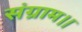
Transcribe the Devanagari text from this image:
संग्राम।।